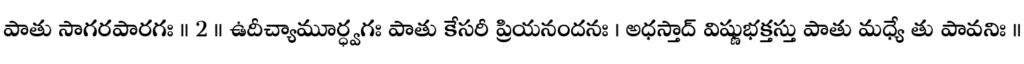
పాతు సాగరపారగః ॥ 2 ॥ ఉదీచ్యామూర్ధ్వగః పాతు కేసరీ ప్రియనందనః । అధస్తాద్ విష్ణుభక్తస్తు పాతు మధ్యే తు పావనిః ॥